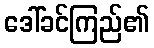
ဒေါ်ခင်ကြည်၏